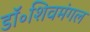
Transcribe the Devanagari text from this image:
डॉ॰शिवमंगल